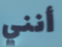
أنني